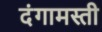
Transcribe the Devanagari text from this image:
दंगामस्ती